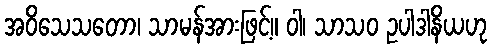
အဝိသေသတော၊ သာမန်အားဖြင့်။ ဝါ၊ သာသဝ ဥပါဒါနိယဟု